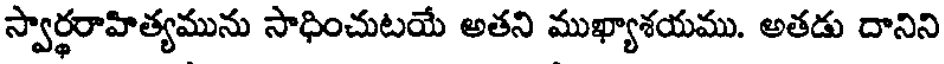
స్వార్థరాహిత్యమును సాధించుటయే అతని ముఖ్యాశయము. అతడు దానిని